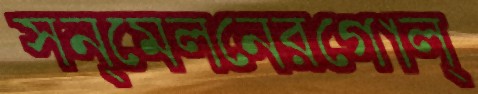
সন্মেলনেরগোল্